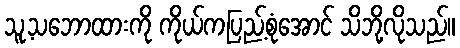
သူ့သဘောထားကို ကိုယ်ကပြည့်စုံအောင် သိဘို့လိုသည်။